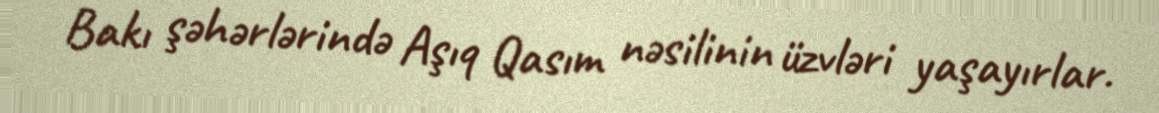
Bakı şəhərlərində Aşıq Qasım nəsilinin üzvləri yaşayırlar.